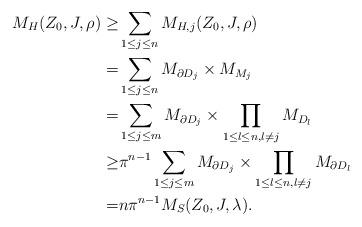
LaTeX: \begin{align*}M_H(Z_0,J,\rho)\ge&\sum_{1\le j\le n}M_{H,j}(Z_0,J,\rho)\\=&\sum_{1\le j\le n}M_{\partial D_j}\times M_{M_j}\\=&\sum_{1\le j\le m}M_{\partial D_j}\times \prod_{1\le l\le n,l\not=j}M_{D_l}\\\ge& \pi^{n-1}\sum_{1\le j\le m}M_{\partial D_j}\times \prod_{1\le l\le n,l\not=j}M_{\partial D_l}\\=&n\pi^{n-1}M_S(Z_0,J,\lambda).\end{align*}